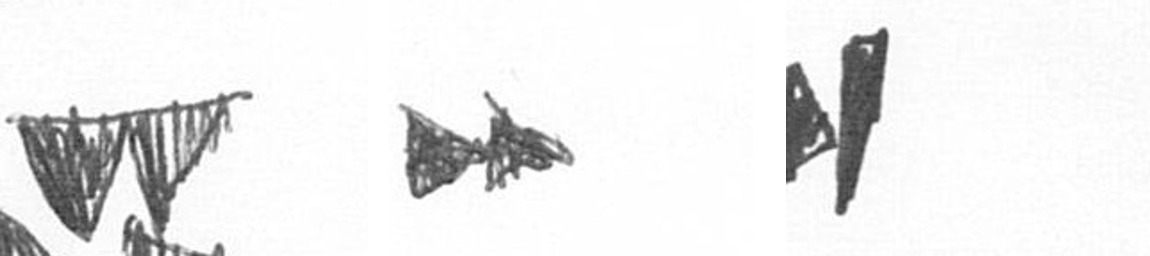
B A M